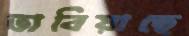
ভাবিয়াছে